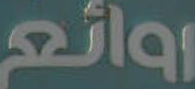
روائع